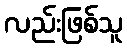
လည်းဖြစ်သူ